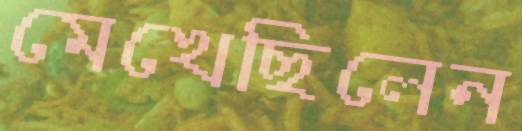
মেখেছিলেন